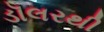
ડૉલરથી